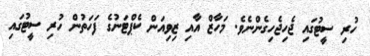
ހުރި ސީޓުގައި ޖެހިޖެހިގެންނެވެ. މަހާޒް އާއި ޒިވިއަން ކެޕްޓަނުގެ ފަހަތުން ހުރި ސީޓުގައި